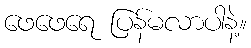
ဖေဖေရေ ပြန်မလာပါနဲ့။